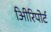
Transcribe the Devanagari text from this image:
अिीरिपोर्ट